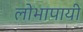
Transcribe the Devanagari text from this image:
लोभापायी